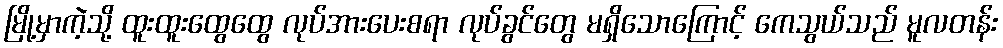
မြို့မှာကဲ့သို့ ထူးထူးထွေထွေ လုပ်အားပေးစရာ လုပ်ခွင်တွေ မရှိသောကြောင့် ကေသွယ်သည် မူလတန်း